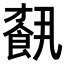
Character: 𩛥